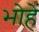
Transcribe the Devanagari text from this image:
भोहें